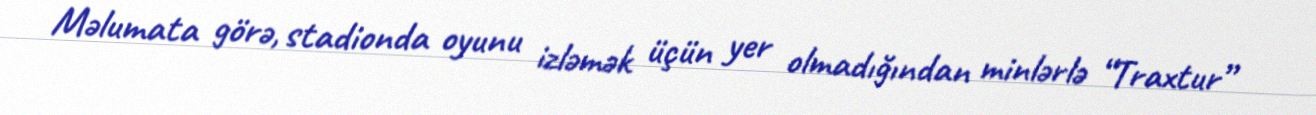
Məlumata görə, stadionda oyunu izləmək üçün yer olmadığından minlərlə “Traxtur”